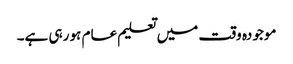
موجودہ وقت میں تعلیم عام ہو رہی ہے۔